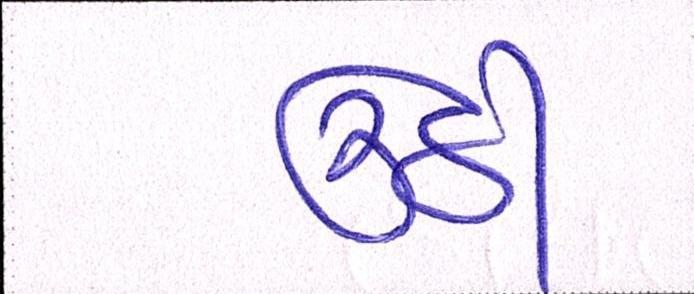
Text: ઉઠી